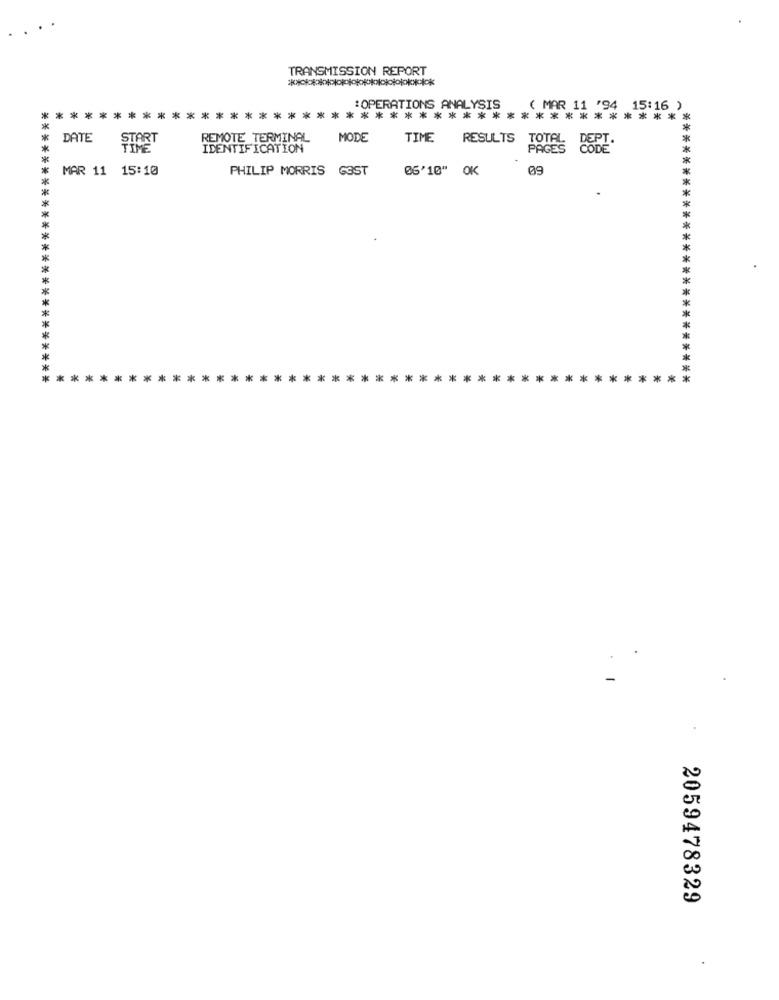
TRANSMISSION REPORT
:OPERATIONS ANALYSIS
( MAR 11 '94 15:16 )
*******************************************
DATE
START
REMOTE TERMINAL
MODE
TIME
RESULTS TOTAL
DEPT
IDENTIFICATION
PAGES
MAR 11 15:10
PHILIP MORRIS GOST
06'10" OK
09
.
*************************
*******************************************
*************************
2059478329